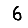
Digit: 6